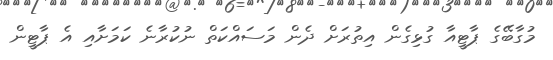
މުގާބޭގެ ޕާޓީއާ ގުޅިގެން އިތުރަށް ދެން މަސައްކަތް ނުކުރާނެ ކަމަށާއި އެ ޕާޓީން